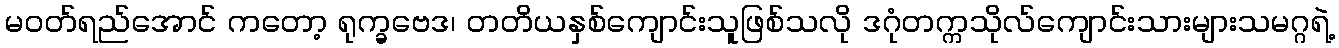
မဝတ်ရည်အောင် ကတော့ ရုက္ခဗေဒ၊ တတိယနှစ်ကျောင်းသူဖြစ်သလို ဒဂုံတက္ကသိုလ်ကျောင်းသားများသမဂ္ဂရဲ့